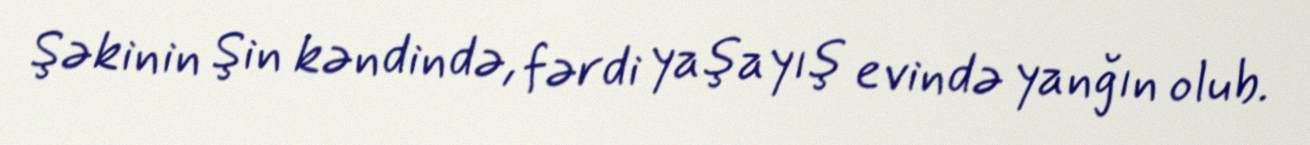
Şəkinin Şin kəndində, fərdi yaşayış evində yanğın olub.